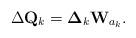
LaTeX: \begin{align*}\Delta\mathbf{Q}_k = \boldsymbol{\Delta}_k\mathbf{W}_{a_k}.\end{align*}